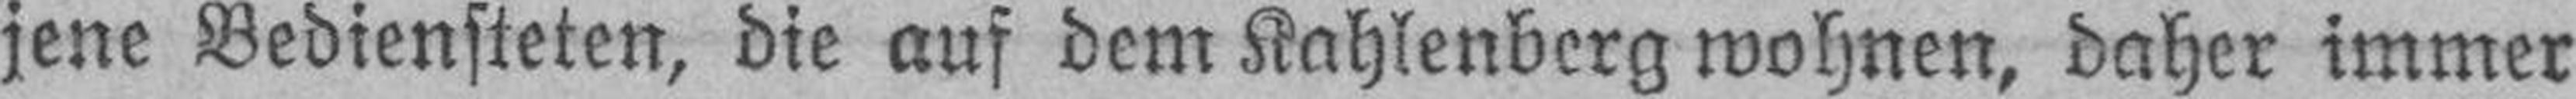
jene Bediensteten, die auf dem Kahlenberg wohnen, daher immer